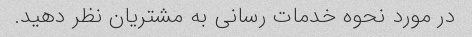
در مورد نحوه خدمات رسانی به مشتریان نظر دهید.